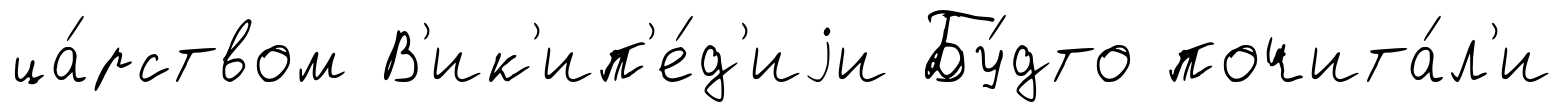
ца́рством В'ик'ип'е́д'иjи Бу́дто почита́л'и